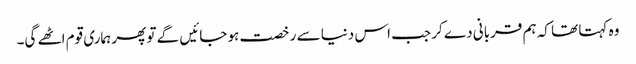
وہ کہتا تھا کہ ہم قربانی دے کر جب اس دنیا سے رخصت ہو جائیں گے تو پھر ہماری قوم اٹھے گی۔